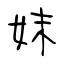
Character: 妺